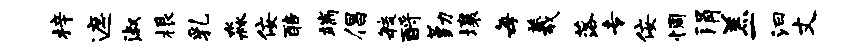
梓遮淑根乳淼佞醅端倡敏酹勤壤每羲落专佞惆涓羔一汩丈